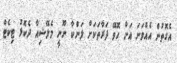
އެގޮތުން އެއްވަނަ އަށް ހޮވޭ ފަރާތަކަށް ލަންކާ ނޫނީ މެލޭޝިއާ ދެކޮޅު ޓިކެޓް